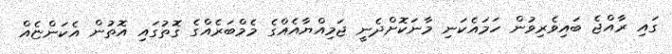
ގައި ރާއްޖެ ބައިވެރިިވުން ހަމައެކަނި މާނަކޮށްދެނީ ޖަމިއްޔާއެއްގެ މެމްބަރެއްގެ ގޮޮތުގައި އޮތުން އެކަންޏެއް